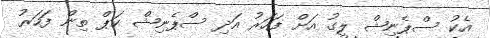
އެކު ސްޕެނިޝް ލީގު އަށް ފަހަރު އަދި ސްޕެނިޝް ކަޕް ތިން ފަހަރު